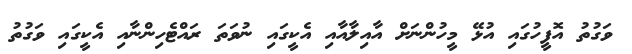
ވަގުތު އޮފީހުގައި އުޅޭ މީހުންނަށް އާއިލާއާއި އެކީގައި ނުވަތަ ރައްޓެހިންނާއި އެކީގައި ވަގުތު